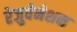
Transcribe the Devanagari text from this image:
रेजुवेनेशन